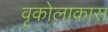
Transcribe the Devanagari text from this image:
वृकोलाकास